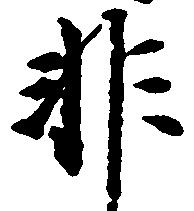
非